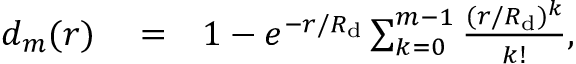
\begin{array} { r l r } { d _ { m } ( r ) } & { { } = } & { 1 - e ^ { - r / R _ { \mathrm { d } } } \sum _ { k = 0 } ^ { m - 1 } \frac { ( r / R _ { \mathrm { d } } ) ^ { k } } { k ! } , } \end{array}